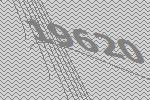
19620